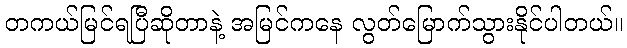
တကယ်မြင်ရပြီဆိုတာနဲ့ အမြင်ကနေ လွတ်မြောက်သွားနိုင်ပါတယ်။